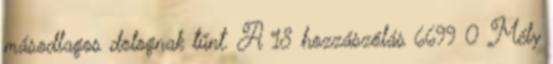
másodlagos dolognak tűnt. A 18 hozzászólás 6699 0 Mély